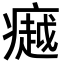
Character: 𪽸